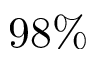
9 8 \%